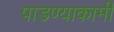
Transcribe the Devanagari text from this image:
पाडण्याकामी